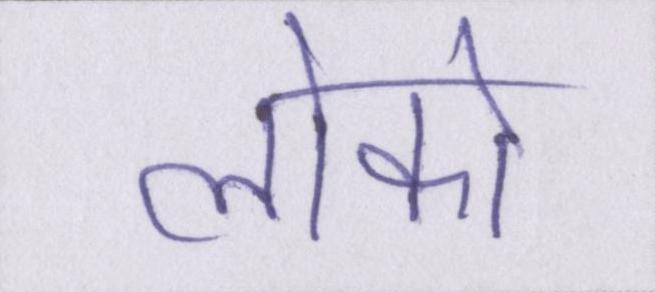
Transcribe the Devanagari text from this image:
लोको